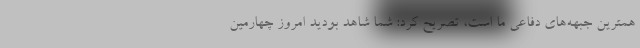
همترین جبهه‌های دفاعی ما است،‌ تصریح کرد: شما شاهد بودید امروز چهارمین